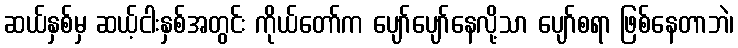
ဆယ်နှစ်မှ ဆယ့်ငါးနှစ်အတွင်း ကိုယ်တော်က ပျော်ပျော်နေလို့သာ ပျော်စရာ ဖြစ်နေတာဘဲ၊